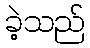
ခဲ့သည်